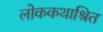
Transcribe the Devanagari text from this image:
लोककथाश्रित